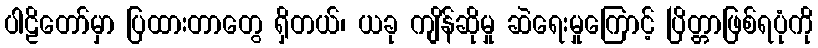
ပါဠိတော်မှာ ပြထားတာတွေ ရှိတယ်၊ ယခု ကျိန်ဆိုမှု ဆဲရေးမှုကြောင့် ပြိတ္တာဖြစ်ရပုံကို